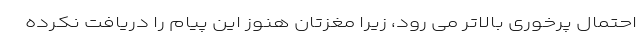
احتمال پرخوری بالاتر می رود، زیرا مغزتان هنوز این پیام را دریافت نکرده